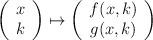
LaTeX: \begin{align*}\left( \begin{array}{c} x \\ k \end{array} \right) \mapsto\left( \begin{array}{c} f(x,k) \\ g(x,k) \end{array} \right)\end{align*}